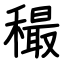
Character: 穝